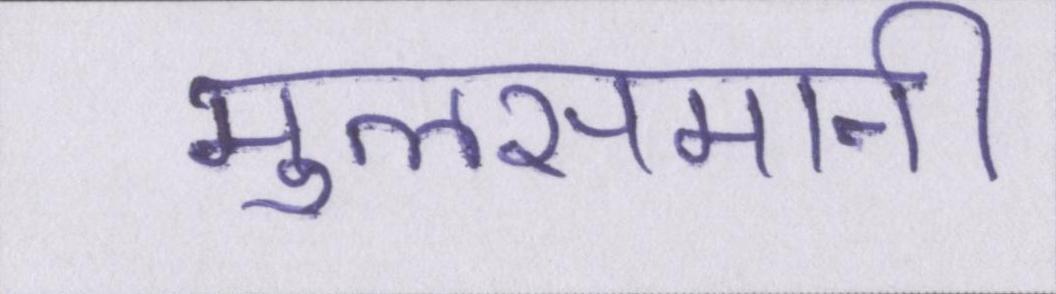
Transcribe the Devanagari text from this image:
मुलसमानी